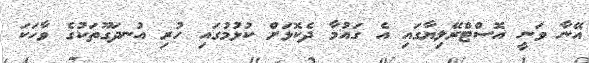
އޭނާ ވަނީ އޮސްޓްރޭލިޔާގައި އެ ގައުމާ ދެކޮޅަށް ކުޅުމުގައި ހުރި އުނދަގޫތަކުގެ ވާހަކަ